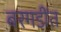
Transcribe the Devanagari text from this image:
बरगडींत